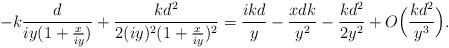
LaTeX: \begin{align*}-k\frac{d}{ iy(1 + \frac{x}{iy})} + \frac{kd^2}{2 (iy)^2(1 + \frac{x}{iy})^2} = \frac{ikd}{y} - \frac{xdk}{y^2} - \frac{k d^2}{2y^2} + O\Big(\frac{k d^2}{y^3}\Big).\end{align*}